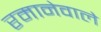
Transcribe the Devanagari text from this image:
रमानेवाले